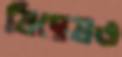
বিদ্বেষও